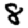
Digit: 8